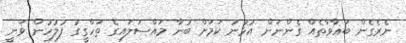
ނެރެގެން ބަޣާވާތެއް ގެންނަން އުޅުނު ކަމަށް ބުނާ މައްސަލައިގެ ތަހްގީގު ފުލުހުން ވަނީ